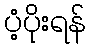
ပံ့ပိုးရန်